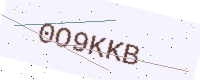
Text: 0O9KKB